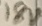
Text: 18V